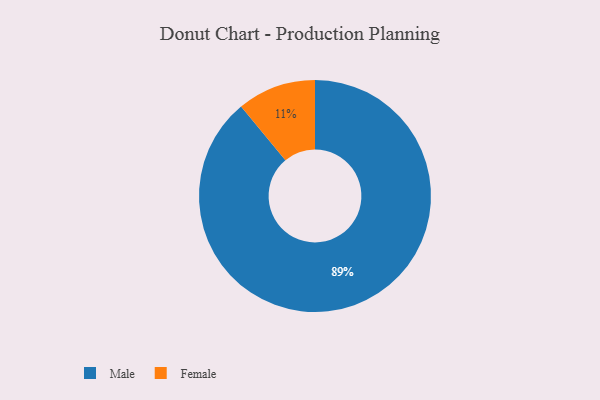
{"axis": {"x": "Category", "y": "Percentage"}, "legend": ["Female", "Male"], "data": [{"x": "Male", "y": 89, "type": "Male"}, {"x": "Female", "y": 11, "type": "Female"}]}